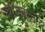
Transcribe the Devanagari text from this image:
स्वीकारतील